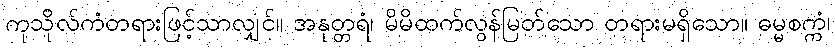
ကုသိုလ်ကံတရားဖြင့်သာလျှင်။ အနုတ္တရံ၊ မိမိထက်လွန်မြတ်သော တရားမရှိသော။ ဓမ္မစက္ကံ၊